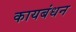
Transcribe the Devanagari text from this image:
कायबंधन